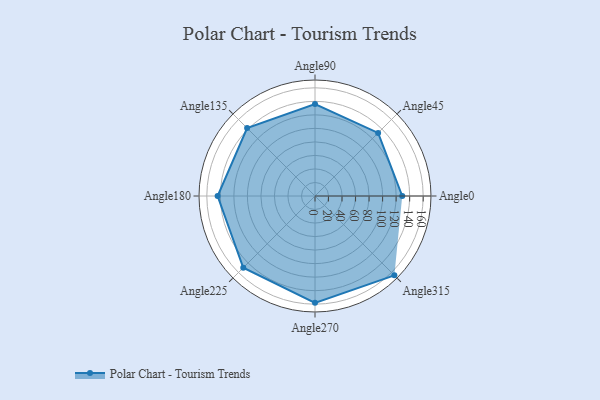
{"axis": {"x": "Angle", "y": "Radius"}, "legend": [""], "data": [{"x": "Angle0", "y": 129.0, "type": ""}, {"x": "Angle45", "y": 132.0, "type": ""}, {"x": "Angle90", "y": 136.0, "type": ""}, {"x": "Angle135", "y": 142.0, "type": ""}, {"x": "Angle180", "y": 144.0, "type": ""}, {"x": "Angle225", "y": 150.0, "type": ""}, {"x": "Angle270", "y": 158.0, "type": ""}, {"x": "Angle315", "y": 166.0, "type": ""}]}